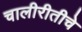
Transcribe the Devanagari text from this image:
चालीरीतीचे